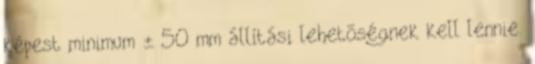
képest minimum ± 50 mm állítási lehetõségnek kell lennie.